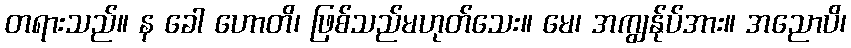
တရားသည်။ န ခေါ ဟောတိ၊ ဖြစ်သည်မဟုတ်သေး။ မေ၊ အကျွန်ုပ်အား။ အညောပိ၊